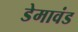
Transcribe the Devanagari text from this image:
डेमावंड